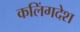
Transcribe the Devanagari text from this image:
कलिंगदेश